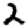
Digit: 2